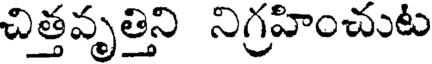
చిత్తవృత్తిని నిగ్రహించుట